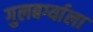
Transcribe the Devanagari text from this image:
गुलबर्ग्याला